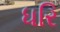
ધરિ